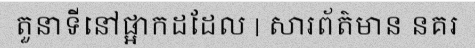
តួនាទីនៅផ្អាកដដែល | សារព័ត៌មាន នគរ